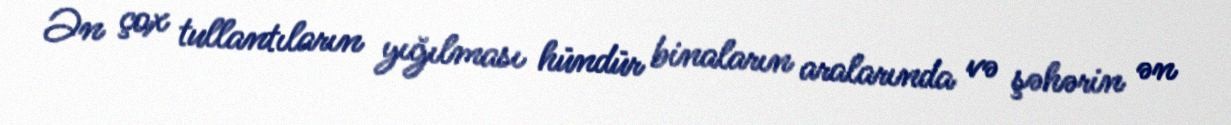
Ən çox tullantıların yığılması hündür binaların aralarında və şəhərin ən